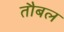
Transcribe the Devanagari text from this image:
तौबल